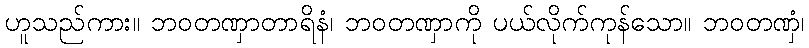
ဟူသည်ကား။ ဘဝတဏှာတာရိနံ၊ ဘဝတဏှာကို ပယ်လိုက်ကုန်သော။ ဘဝတဏှံ၊